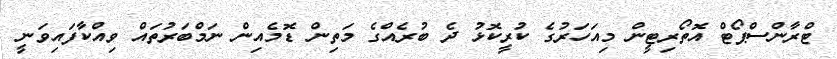
ޓްރާންސްޕޯޓް އޮތޯރިޓީން މިއަހަރުގެ ކުރީކޮޅު ދެ ބުރެއްގެ މަތިން ޑޮމެއިން ނަމްބަރުތައް ވިއްކާފައިވަނީ